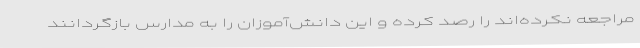
مراجعه نکرده‌اند را رصد کرده و این دانش‌آموزان را به مدارس بازگردانند